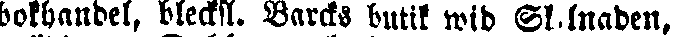
bokhandel, blecksl. Barcks butik wid Sk.lnaden,